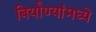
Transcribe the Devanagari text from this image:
बिर्याण्यांमध्ये